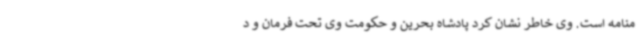
منامه است. وی خاطر نشان کرد پادشاه بحرین و حکومت وی تحت فرمان و د